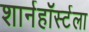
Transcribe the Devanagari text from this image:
शार्नहॉर्स्टला